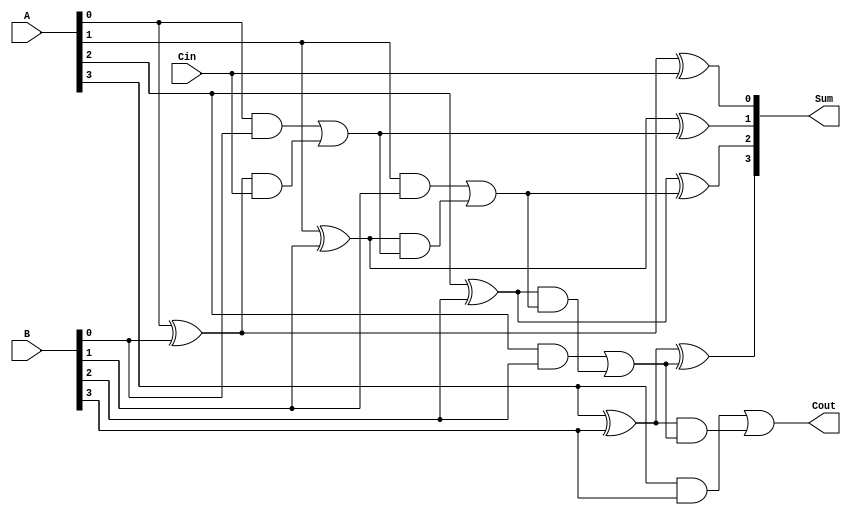
module ConditionalSumFullAdder #(parameter n = 4) (
    input  [n-1:0] A,      // First input operand
    input  [n-1:0] B,      // Second input operand
    input         Cin,      // Carry input
    output [n-1:0] Sum,     // Resulting sum
    output        Cout      // Carry output
);

    // Intermediate signals for partial sums and generates
    wire [n-1:0] P; // Propagate
    wire [n-1:0] G; // Generate
    wire [n:0] C;   // Carry signals (C[0] = Cin)

    // Calculate partial sums and generates
    genvar i;
    generate
        for (i = 0; i < n; i = i + 1) begin : gen_partial
            assign P[i] = A[i] ^ B[i]; // Partial sum
            assign G[i] = A[i] & B[i];  // Generate carry
        end
    endgenerate

    // Calculate carry signals
    assign C[0] = Cin; // Initial carry input
    generate
        for (i = 1; i <= n; i = i + 1) begin : gen_carry
            assign C[i] = G[i-1] | (P[i-1] & C[i-1]); // Conditional carry
        end
    endgenerate

    // Calculate final sum
    generate
        for (i = 0; i < n; i = i + 1) begin : gen_sum
            assign Sum[i] = P[i] ^ C[i]; // Final sum calculation
        end
    endgenerate

    // Final carry output
    assign Cout = C[n]; // Carry out from the last carry signal

endmodule